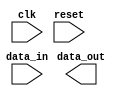
module pci_express_controller (
    input wire clk,
    input wire reset,
    input wire data_in,
    output wire data_out
);

// Timing control and synchronization blocks
always @(posedge clk or negedge reset) begin
    if (reset) begin
        // Reset logic
    end else begin
        // Handle clock signals, data strobes, and other timing signals
        // Ensure proper synchronization between components
        // Sample data correctly
        // Time signals properly to meet PCI Express specifications
    end
end

// Data buffering and alignment mechanisms
// Add code for buffering and aligning data as it passes through the controller

endmodule